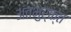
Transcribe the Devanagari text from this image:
अंतभुर्क्त